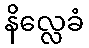
နိလ္လေခံ